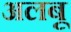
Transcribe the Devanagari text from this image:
अलबू